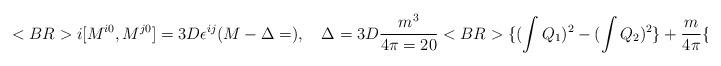
LaTeX: \begin{align*}<BR>i[M^{i0},M^{j0}]=3D\epsilon^{ij}(M-\Delta=),~~~\Delta=3D{{m^3}\over{4\pi=20}}<BR>\{(\int Q_1)^2-(\int Q_2)^2\}+{m\over{4\pi }}\{(\int P_1)^2-(\int=20P_2)^2\},<BR><BR>\end{align*}